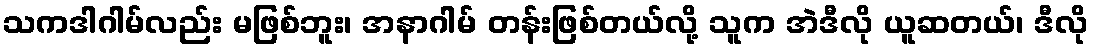
သကဒါဂါမ်လည်း မဖြစ်ဘူး၊ အနာဂါမ် တန်းဖြစ်တယ်လို့ သူက အဲဒီလို ယူဆတယ်၊ ဒီလို